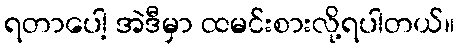
ရတာပေါ့ အဲဒီမှာ ထမင်းစားလို့ရပါတယ်။